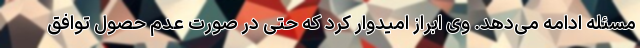
مسئله ادامه می‌دهد. وی ابراز امیدوار کرد که حتی در صورت عدم حصول توافق